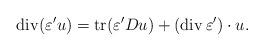
LaTeX: \begin{align*}\operatorname{div}(\varepsilon' u) = \operatorname{tr}(\varepsilon' Du) + (\operatorname{div}\varepsilon') \cdot u.\end{align*}